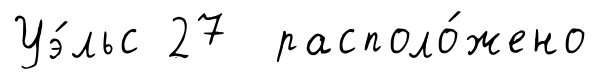
Уэ́льс 27 располо́жено